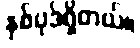
နှစ်ပုဒ်ရှိတယ်။